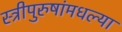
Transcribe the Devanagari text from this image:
स्त्रीपुरुषांमधल्या